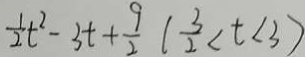
\frac { 1 } { 2 } t ^ { 2 } - 3 t + \frac { 9 } { 2 } ( \frac { 3 } { 2 } < t < 3 )